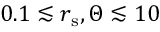
0 . 1 \lesssim { r } _ { \mathrm { s } } , \Theta \lesssim 1 0